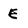
Character: E